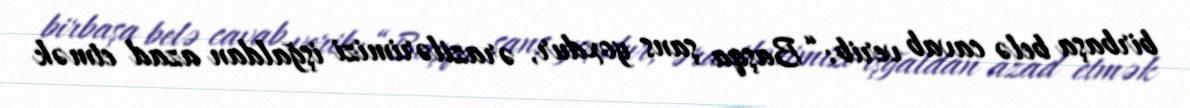
birbaşa belə cavab verib: “Başqa şans yoxdur, ərazilərimizi işğaldan azad etmək